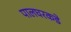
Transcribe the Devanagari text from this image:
पालघरकडे